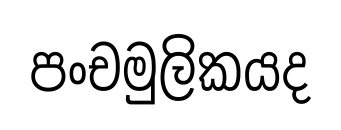
පංචමුලිකයද